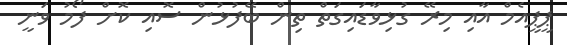
ޕީޕީއެމް އާއި މިރޭ ގުޅިވާޑައިގަތް ތިން ބޭފުޅުން ސޮއި ކޮށް ފޯމު ވަނީ